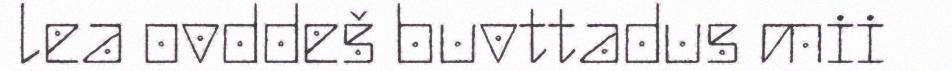
lea ovddeš buvttadus mii